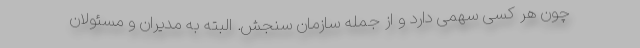
چون هر کسی سهمی دارد و از جمله سازمان سنجش. البته به مدیران و مسئولان